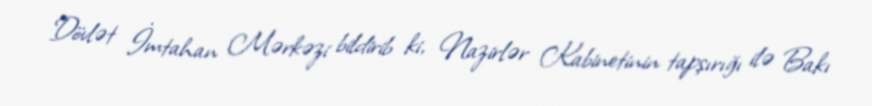
Dövlət İmtahan Mərkəzi bildirib ki, Nazirlər Kabinetinin tapşırığı ilə Bakı